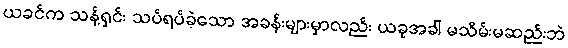
ယခင်က သန့်ရှင်း သပ်ရပ်ခဲ့သော အခန်းများမှာလည်း ယခုအခါ မသိမ်းမဆည်းဘဲ